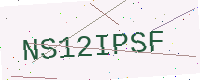
Text: NS12IPSF